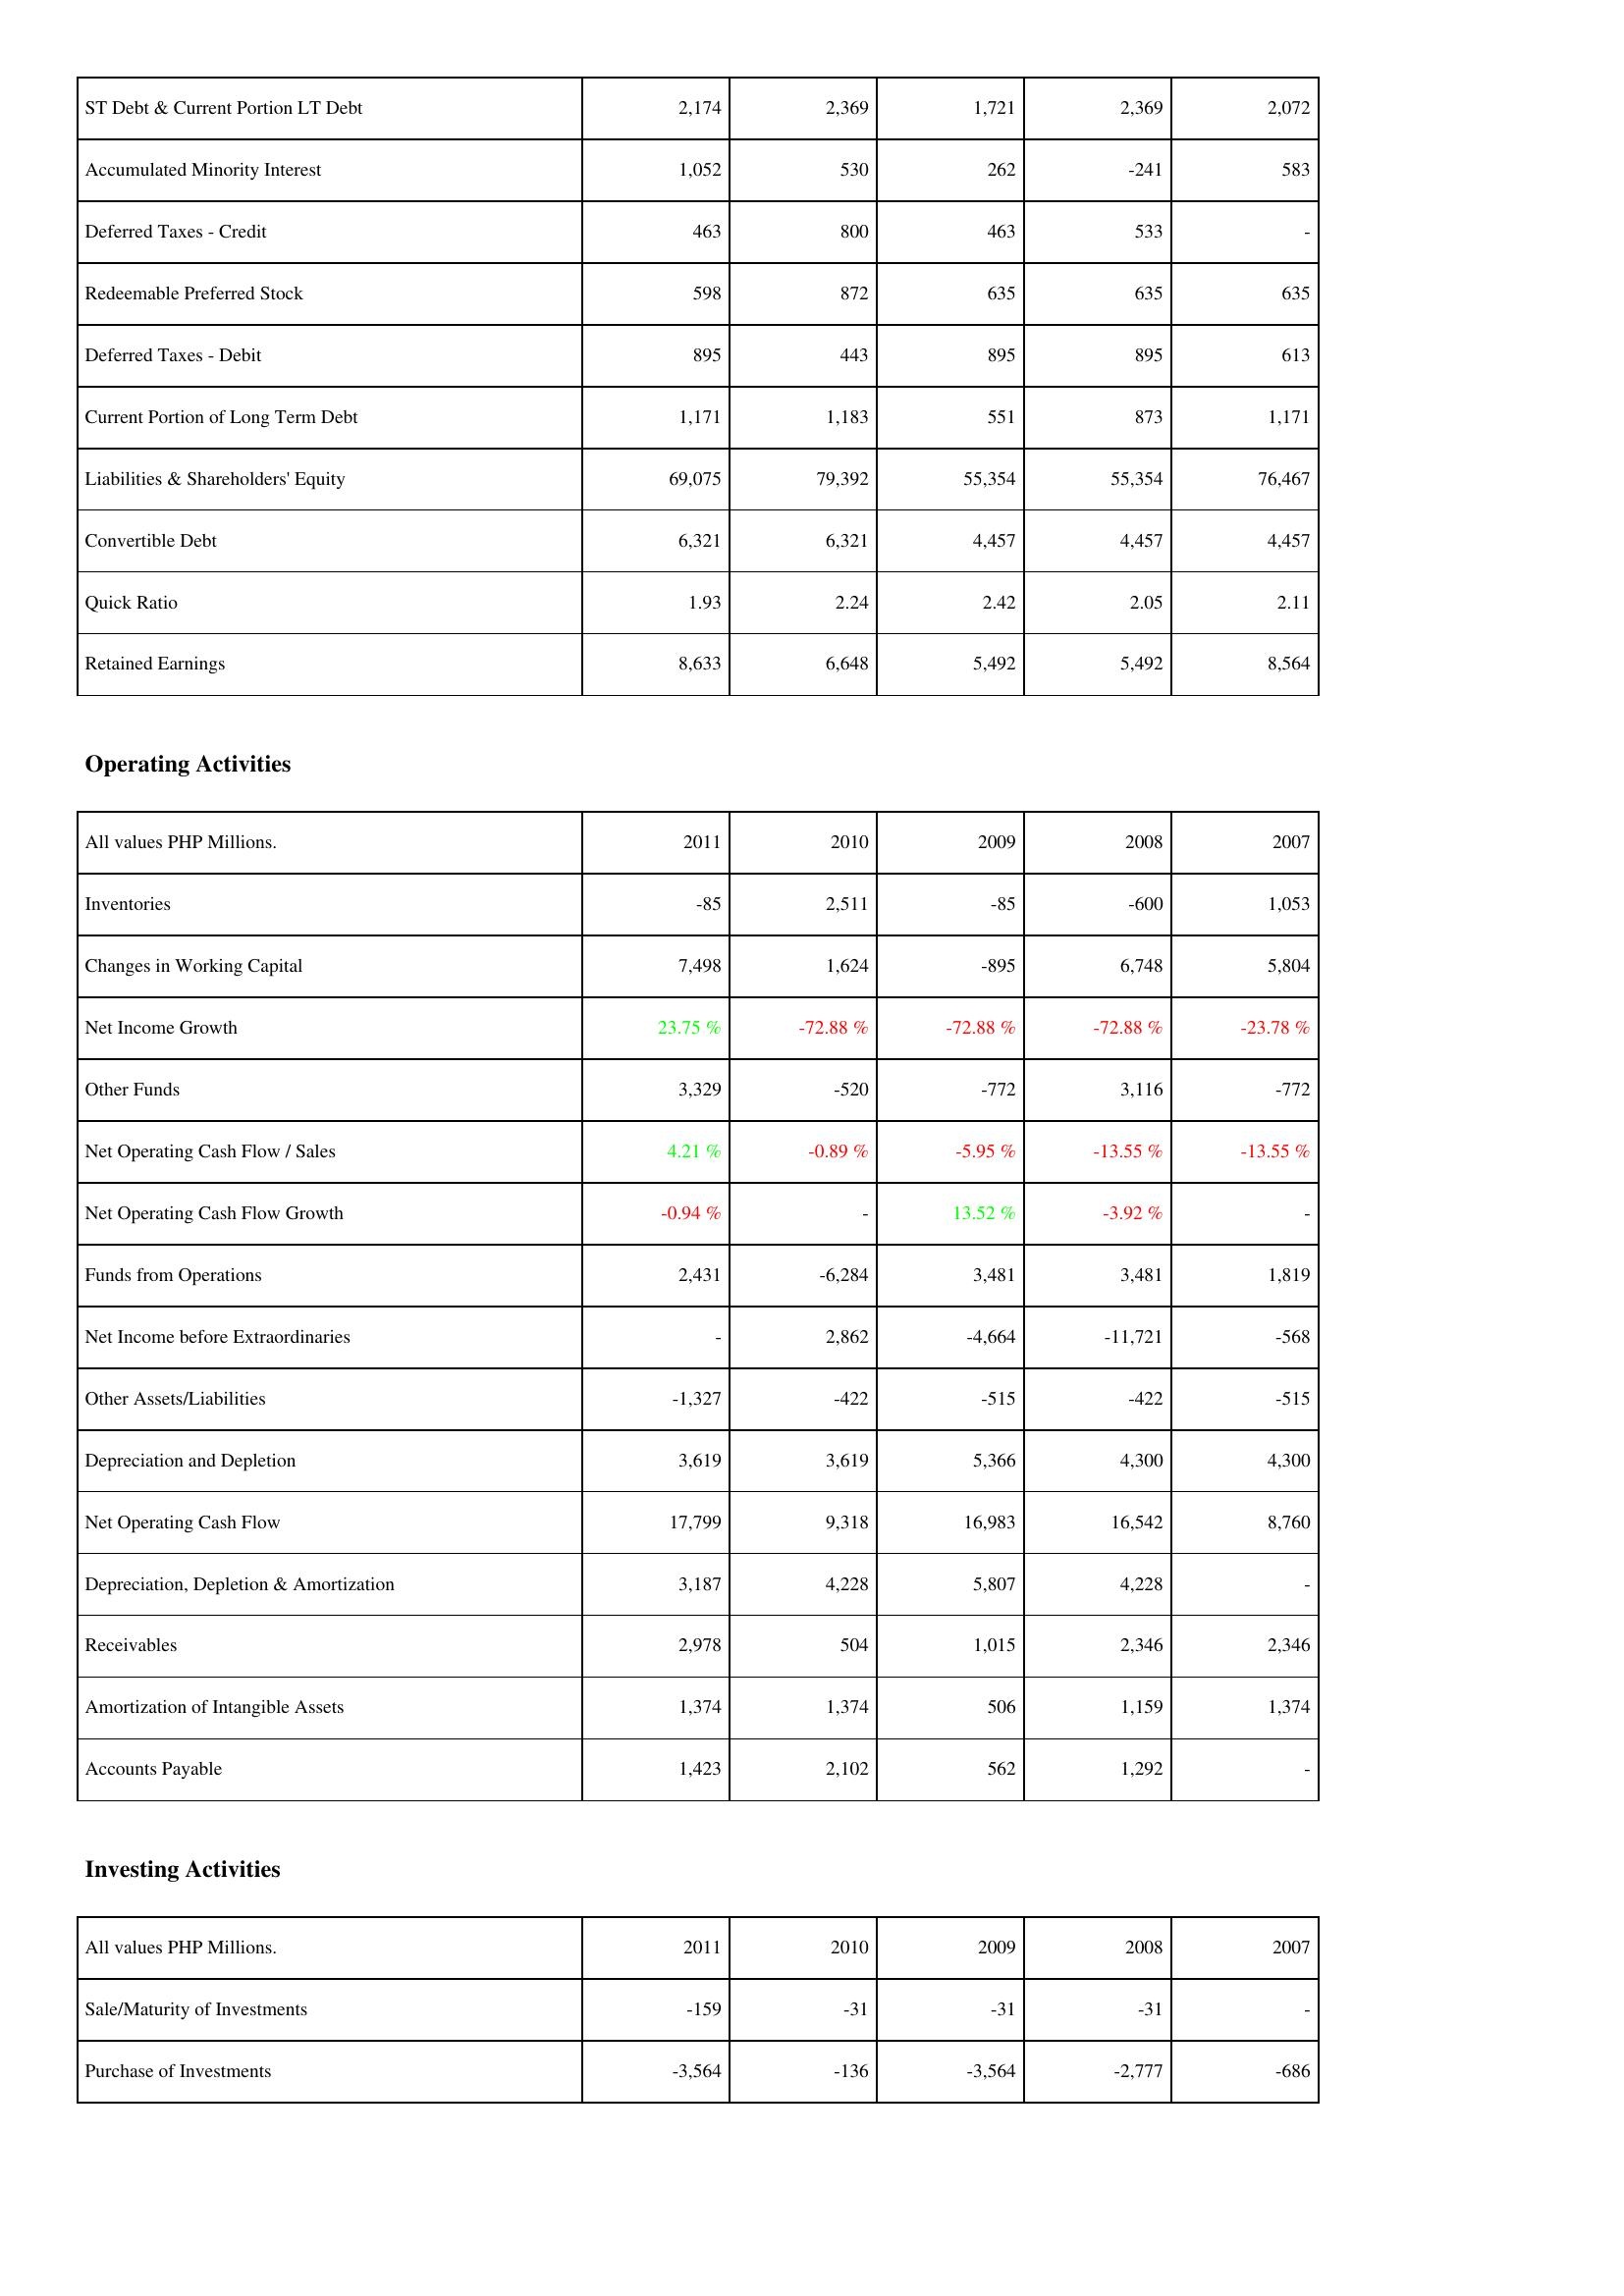
2011: Liabilities & Shareholders' Equity: ST Debt & Current Portion LT Debt: 2,174
Accumulated Minority Interest: 1,052
Deferred Taxes - Credit: 463
Redeemable Preferred Stock: 598
Deferred Taxes - Debit: 895
Current Portion of Long Term Debt: 1,171
Liabilities & Shareholders' Equity: 69,075
Convertible Debt: 6,321
Quick Ratio: 1.93
Retained Earnings: 8,633
Operating Activities: Inventories: -85
Changes in Working Capital: 7,498
Net Income Growth: 23.75 %
Other Funds: 3,329
Net Operating Cash Flow / Sales: 4.21 %
Net Operating Cash Flow Growth: -0.94 %
Funds from Operations: 2,431
Net Income before Extraordinaries: -
Other Assets/Liabilities: -1,327
Depreciation and Depletion: 3,619
Net Operating Cash Flow: 17,799
Depreciation, Depletion & Amortization: 3,187
Receivables: 2,978
Amortization of Intangible Assets: 1,374
Accounts Payable: 1,423
Investing Activities: Sale/Maturity of Investments: -159
Purchase of Investments: -3,564
2010: Liabilities & Shareholders' Equity: ST Debt & Current Portion LT Debt: 2,369
Accumulated Minority Interest: 530
Deferred Taxes - Credit: 800
Redeemable Preferred Stock: 872
Deferred Taxes - Debit: 443
Current Portion of Long Term Debt: 1,183
Liabilities & Shareholders' Equity: 79,392
Convertible Debt: 6,321
Quick Ratio: 2.24
Retained Earnings: 6,648
Operating Activities: Inventories: 2,511
Changes in Working Capital: 1,624
Net Income Growth: -72.88 %
Other Funds: -520
Net Operating Cash Flow / Sales: -0.89 %
Net Operating Cash Flow Growth: -
Funds from Operations: -6,284
Net Income before Extraordinaries: 2,862
Other Assets/Liabilities: -422
Depreciation and Depletion: 3,619
Net Operating Cash Flow: 9,318
Depreciation, Depletion & Amortization: 4,228
Receivables: 504
Amortization of Intangible Assets: 1,374
Accounts Payable: 2,102
Investing Activities: Sale/Maturity of Investments: -31
Purchase of Investments: -136
2009: Liabilities & Shareholders' Equity: ST Debt & Current Portion LT Debt: 1,721
Accumulated Minority Interest: 262
Deferred Taxes - Credit: 463
Redeemable Preferred Stock: 635
Deferred Taxes - Debit: 895
Current Portion of Long Term Debt: 551
Liabilities & Shareholders' Equity: 55,354
Convertible Debt: 4,457
Quick Ratio: 2.42
Retained Earnings: 5,492
Operating Activities: Inventories: -85
Changes in Working Capital: -895
Net Income Growth: -72.88 %
Other Funds: -772
Net Operating Cash Flow / Sales: -5.95 %
Net Operating Cash Flow Growth: 13.52 %
Funds from Operations: 3,481
Net Income before Extraordinaries: -4,664
Other Assets/Liabilities: -515
Depreciation and Depletion: 5,366
Net Operating Cash Flow: 16,983
Depreciation, Depletion & Amortization: 5,807
Receivables: 1,015
Amortization of Intangible Assets: 506
Accounts Payable: 562
Investing Activities: Sale/Maturity of Investments: -31
Purchase of Investments: -3,564
2008: Liabilities & Shareholders' Equity: ST Debt & Current Portion LT Debt: 2,369
Accumulated Minority Interest: -241
Deferred Taxes - Credit: 533
Redeemable Preferred Stock: 635
Deferred Taxes - Debit: 895
Current Portion of Long Term Debt: 873
Liabilities & Shareholders' Equity: 55,354
Convertible Debt: 4,457
Quick Ratio: 2.05
Retained Earnings: 5,492
Operating Activities: Inventories: -600
Changes in Working Capital: 6,748
Net Income Growth: -72.88 %
Other Funds: 3,116
Net Operating Cash Flow / Sales: -13.55 %
Net Operating Cash Flow Growth: -3.92 %
Funds from Operations: 3,481
Net Income before Extraordinaries: -11,721
Other Assets/Liabilities: -422
Depreciation and Depletion: 4,300
Net Operating Cash Flow: 16,542
Depreciation, Depletion & Amortization: 4,228
Receivables: 2,346
Amortization of Intangible Assets: 1,159
Accounts Payable: 1,292
Investing Activities: Sale/Maturity of Investments: -31
Purchase of Investments: -2,777
2007: Liabilities & Shareholders' Equity: ST Debt & Current Portion LT Debt: 2,072
Accumulated Minority Interest: 583
Deferred Taxes - Credit: -
Redeemable Preferred Stock: 635
Deferred Taxes - Debit: 613
Current Portion of Long Term Debt: 1,171
Liabilities & Shareholders' Equity: 76,467
Convertible Debt: 4,457
Quick Ratio: 2.11
Retained Earnings: 8,564
Operating Activities: Inventories: 1,053
Changes in Working Capital: 5,804
Net Income Growth: -23.78 %
Other Funds: -772
Net Operating Cash Flow / Sales: -13.55 %
Net Operating Cash Flow Growth: -
Funds from Operations: 1,819
Net Income before Extraordinaries: -568
Other Assets/Liabilities: -515
Depreciation and Depletion: 4,300
Net Operating Cash Flow: 8,760
Depreciation, Depletion & Amortization: -
Receivables: 2,346
Amortization of Intangible Assets: 1,374
Accounts Payable: -
Investing Activities: Sale/Maturity of Investments: -
Purchase of Investments: -686